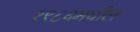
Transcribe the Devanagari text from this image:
१९८६मधील